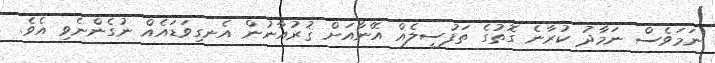
ނަމަވެސް ނަމާދު ކުރާނެ ގޮތުގެ ތަފުސީލެއް އޭނާއަށް ޤުރުއާނުން އެނގިވަޑައެއް ނުގެންނެވި އެވެ.